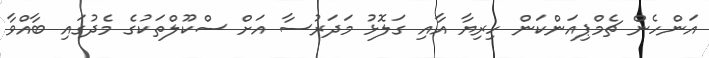
އަންހެން ޗެމްޕިއަންކަން ހިރިޔާ އާއި ގަލޮޅު މަދަރުސާ އަށް ސްކޫލްތަކުގެ މެދުގައި ބާއްވާ